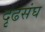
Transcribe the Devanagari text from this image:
दृढसंघ